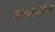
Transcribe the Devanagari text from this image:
ग्लेनार्वोन